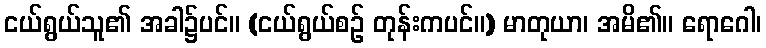
ငယ်ရွယ်သူ၏ အခါ၌ပင်။ (ငယ်ရွယ်စဉ် တုန်းကပင်။) မာတုယာ၊ အမိ၏။ ရောဂေါ၊